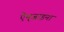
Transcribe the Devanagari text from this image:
ऐन्‌जाइना